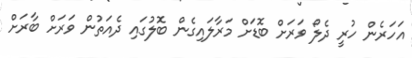
އަހަރެން ހުރީ ދެލޯ ވަރަށް ބޮޑަށް މަރާލައިގެން ބޮލުގައި ދެއަތުން ވަރަށް ބާރަށް